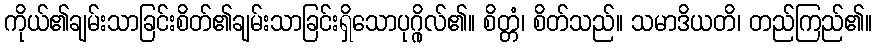
ကိုယ်၏ချမ်းသာခြင်းစိတ်၏ချမ်းသာခြင်းရှိသောပုဂ္ဂိုလ်၏။ စိတ္တံ၊ စိတ်သည်။ သမာဒိယတိ၊ တည်ကြည်၏။